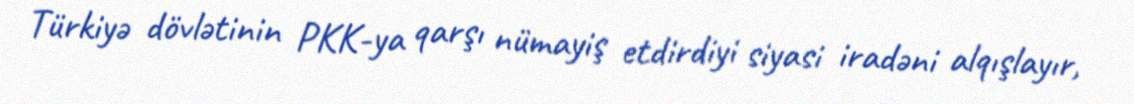
Türkiyə dövlətinin PKK-ya qarşı nümayiş etdirdiyi siyasi iradəni alqışlayır,